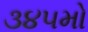
૩૪૫મો